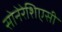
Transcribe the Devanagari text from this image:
सोनेरेशिएसी